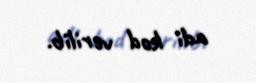
adi kod verilib.